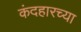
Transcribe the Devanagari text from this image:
कंदहारच्या